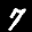
Label: 7